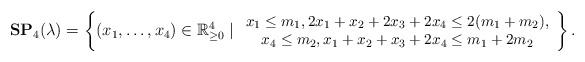
LaTeX: \begin{align*}\mathbf{SP}_{4}(\lambda) = \left\{ (x_1,\ldots,x_4) \in \mathbb{R}_{\geq 0}^4 \mid {\small\begin{array}{c} x_1\leq m_1, 2x_1+x_2+2x_3+2x_4\leq 2(m_1+m_2), \\ x_4\leq m_2, x_1+x_2+x_3+2x_4\leq m_1+2m_2\end{array}}\right\}.\end{align*}